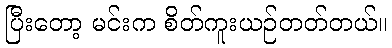
ပြီးတော့ မင်းက စိတ်ကူးယဉ်တတ်တယ်။